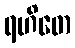
ရဟိတေ